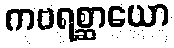
ကဗရစ္ဆာယော